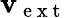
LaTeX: \mathbf{v}_{\mathrm{~e~x~t~}}